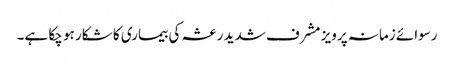
رسوائے زمانہ پرویز مشرف شدید رعشہ کی بیماری کا شکار ہو چکا ہے۔